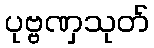
ပုဗ္ဗဏှသုတ်